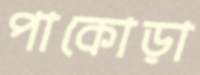
পাকোড়া